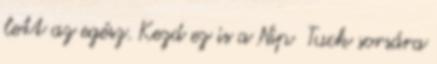
lett az egész. Kezd ez is a Nip Tuck sorsára